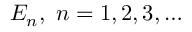
E _ { n } , \, \, n = 1 , 2 , 3 , \ldots